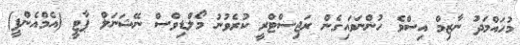
މުހައްމަދު ނާޒިމް އިސްވެ ހުންނަވައިގެން ރަޖިސްޓްރީ ކުރެވުނު މޯލްޑިވްސް ނޭޝަނަލް ޕާޓީ (އެމްއެންޕީ)